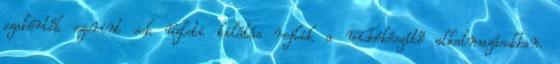
szakértők szerint sok üzleti kilátás rejlik a videókészítő alkalmazásokban.